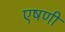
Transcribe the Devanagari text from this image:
एषणी